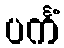
ပင်္ကံ